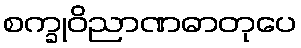
စက္ခုဝိညာဏဓာတုပေ